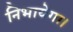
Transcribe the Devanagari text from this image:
निभायेगा।